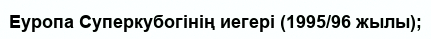
Еуропа Суперкубогінің иегері (1995/96 жылы);